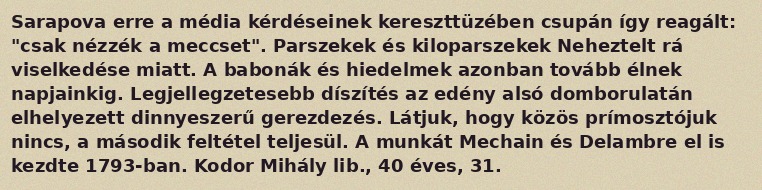
Sarapova erre a média kérdéseinek kereszttüzében csupán így reagált: "csak nézzék a meccset". Parszekek és kiloparszekek Neheztelt rá viselkedése miatt. A babonák és hiedelmek azonban tovább élnek napjainkig. Legjellegzetesebb díszítés az edény alsó domborulatán elhelyezett dinnyeszerű gerezdezés. Látjuk, hogy közös prímosztójuk nincs, a második feltétel teljesül. A munkát Mechain és Delambre el is kezdte 1793-ban. Kodor Mihály lib., 40 éves, 31.